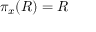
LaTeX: \pi _ { x } ( R ) = R